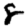
Digit: 8